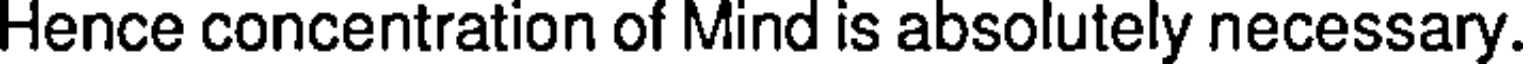
Hence concentration of Mind is absolutely necessary.